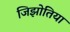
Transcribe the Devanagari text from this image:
जिझोतिया